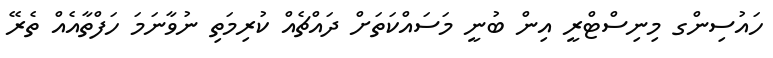
ހައުސިންގ މިނިސްޓްރީ އިން ބުނީ މަސައްކަތަށް ދައްޗެއް ކުރިމަތި ނުވާނަމަ ހަފްތާއެެއް ތެރޭ